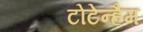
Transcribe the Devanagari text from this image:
टोटेन्हैम